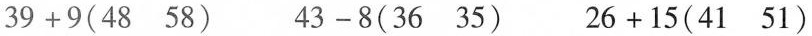
$$3 9 + 9 ( 4 8 5 8 )$$ $$4 3 - 8 ( 3 6 3 5 )$$ $$2 6 + 1 5 ( 4 1 5 1 )$$